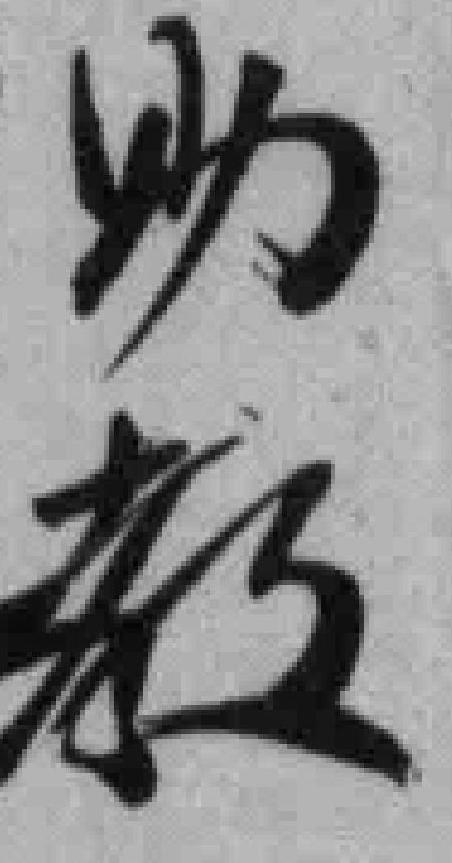
助教